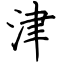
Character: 津